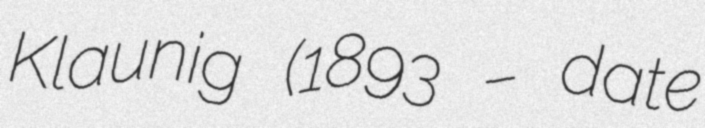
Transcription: Klaunig (1893 – date